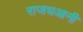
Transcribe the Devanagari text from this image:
राजधआनी